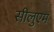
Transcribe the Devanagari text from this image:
सीलुएम